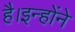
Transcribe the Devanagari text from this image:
है।इन्होंने